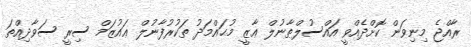
ރާއްޖެ މިނިވަން ކޮށްދެއްވީ އައްސުލްޠާނުލް ޢާޒީ މުޙައްމަދު ތަކުރުފާނުލް ޢައުޒަމް ސިރީ ސަވާދިއްތަ